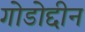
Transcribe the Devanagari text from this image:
गोडोद्दीन